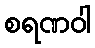
စရဏဝါ